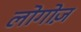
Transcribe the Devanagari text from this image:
लोगोज़